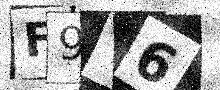
Text: F9Y6